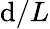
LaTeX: \mathrm{d}/L